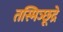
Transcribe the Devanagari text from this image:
तस्मिञ्छूद्रे